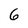
Character: 6